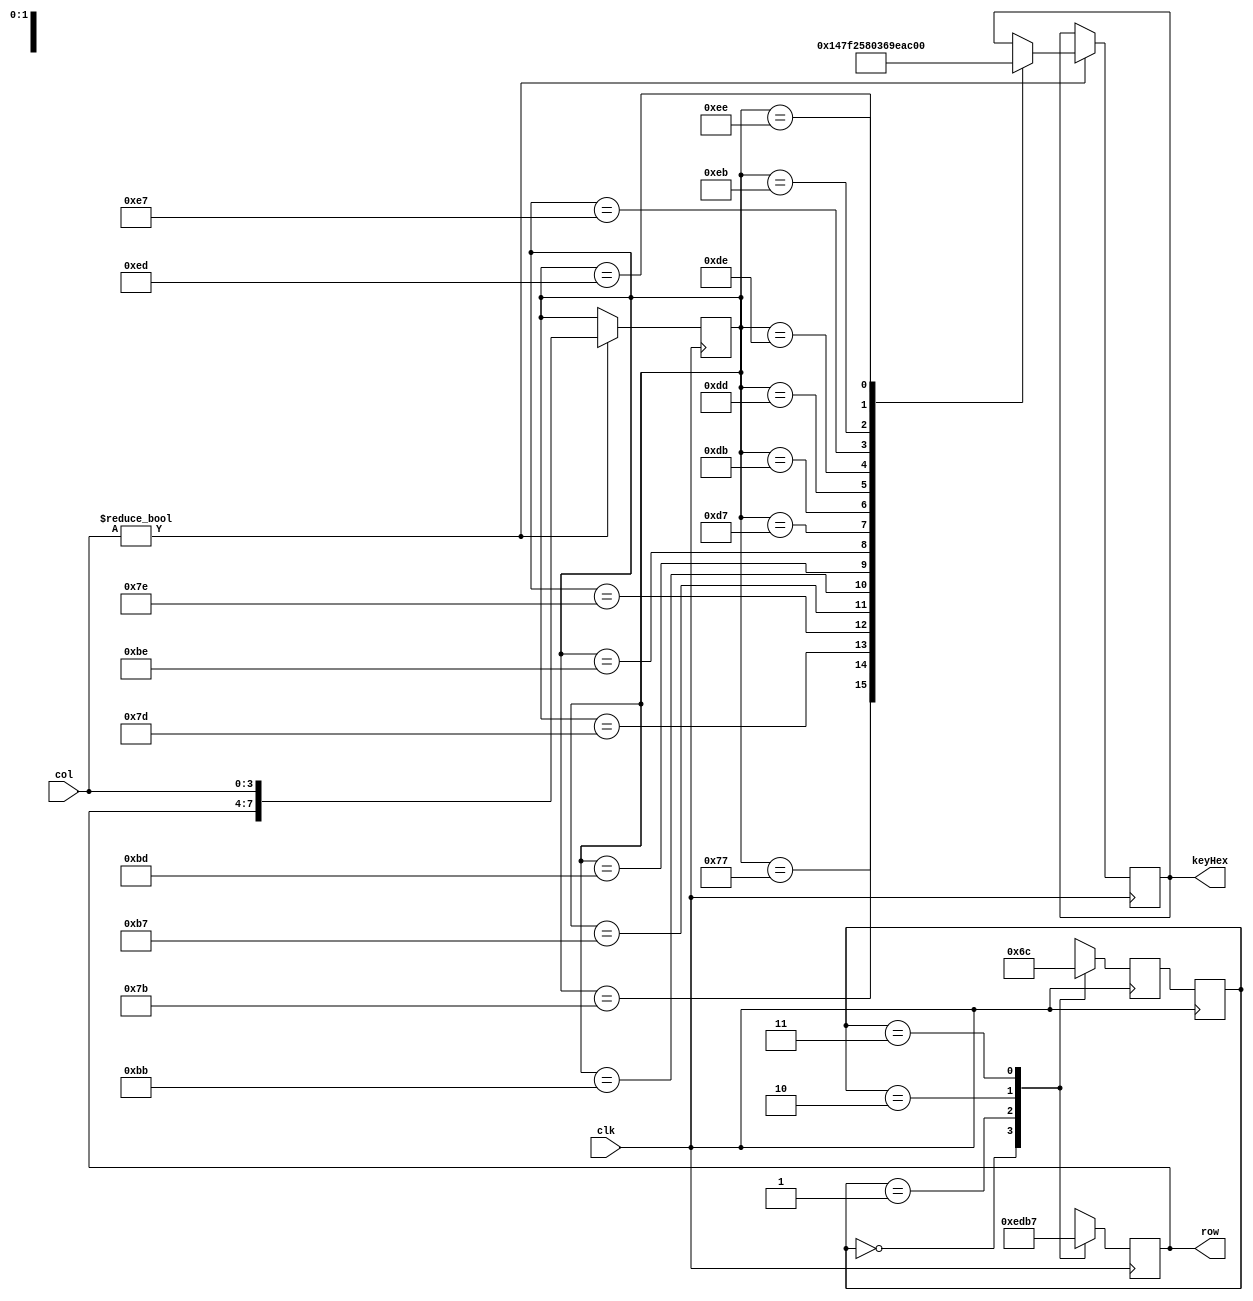
module keyboardScanner (input clk, input wire [3:0] col,output reg [3:0] row, output reg [3:0] keyHex);
reg [1:0] state=2'b00;
reg [1:0] nextState=2'b00;
reg [7:0] keyCode;
//state register
always @(posedge clk)  begin 
    state <= nextState;
end
//keyHexput CL
always@(posedge clk) begin
    case (state)
    2'b00: row <= 4'b1110;
    2'b01: row <= 4'b1101;
    2'b10: row <= 4'b1011;
    2'b11: row <= 4'b0111;
    default: row <= 4'b1110;
  endcase
    if (col != 4'b0000) begin
    keyCode <= {row[3],row[2],row[1],row[0],col[3],col[2],col[1],col[0]};
    case(keyCode)
      8'h77: keyHex=4'h1;
      8'h7B: keyHex=4'h4;
      8'h7D: keyHex=4'h7;
      8'h7E: keyHex=4'hF;
      8'hB7: keyHex=4'h2;
      8'hBB: keyHex=4'h5;
      8'hBD: keyHex=4'h8;
      8'hBE: keyHex=4'h0;
      8'hD7: keyHex=4'h3;
      8'hDB: keyHex=4'h6;
      8'hDD: keyHex=4'h9;
      8'hDE: keyHex=4'hE;
      8'hE7: keyHex=4'hA;
      8'hEB: keyHex =4'hB; 
      8'hED: keyHex =4'hC;
      8'hEE: keyHex=4'hD;
		endcase	 
    end
end

//next state CL
always @(posedge clk) begin
        case (state)
            2'b00: nextState <=2'b01;
            2'b01: nextState <= 2'b10;
            2'b10: nextState <=2'b11;
            2'b11: nextState <=2'b00;
            default: nextState <=2'b00;
        endcase
end

endmodule